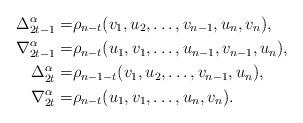
LaTeX: \begin{align*} \Delta^{\alpha}_{2t-1}=& \rho_{n-t}(v_1,u_2,\ldots,v_{n-1},u_n,v_n),\\ \nabla^{\alpha}_{2t-1}=& \rho_{n-t}(u_1,v_1,\ldots,u_{n-1},v_{n-1},u_n),\\ \Delta^{\alpha}_{2t}=& \rho_{n-1-t}(v_1,u_2,\ldots,v_{n-1},u_n),\\ \nabla^{\alpha}_{2t}=& \rho_{n-t}(u_1,v_1,\ldots,u_n,v_n).\end{align*}